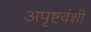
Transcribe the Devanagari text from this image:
अपृष्टवंशी